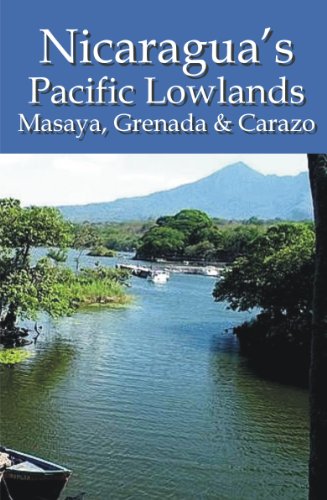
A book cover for Nicaragua's Pacific Lowlands: Masaya, Grenada & Carazo; Erica Rounsefel; Travel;